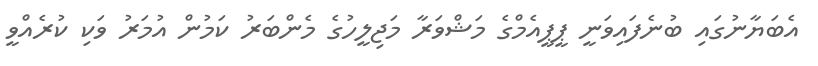
އެބަޔާނުގައި ބުނެފައިވަނީ ޕީޕީއެމްގެ މަޝްވަރާ މަޖިލީހުގެ މެންބަރު ކަމުން އުމަރު ވަކި ކުރެއްވީ